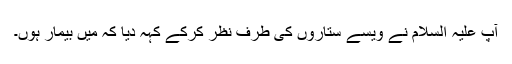
آپ علیہ السلام نے ویسے ستاروں کی طرف نظر کرکے کہہ دیا کہ میں بیمار ہوں۔